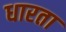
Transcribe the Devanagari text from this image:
धारता